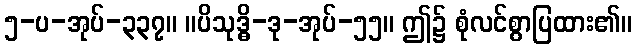
၅-ပ-အုပ်-၃၃၇။ ။ပိသုဒ္ဓိ-ဒု-အုပ်-၅၅။ ဤ၌ စုံလင်စွာပြထား၏။